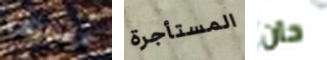
عساها المستأجرة حان